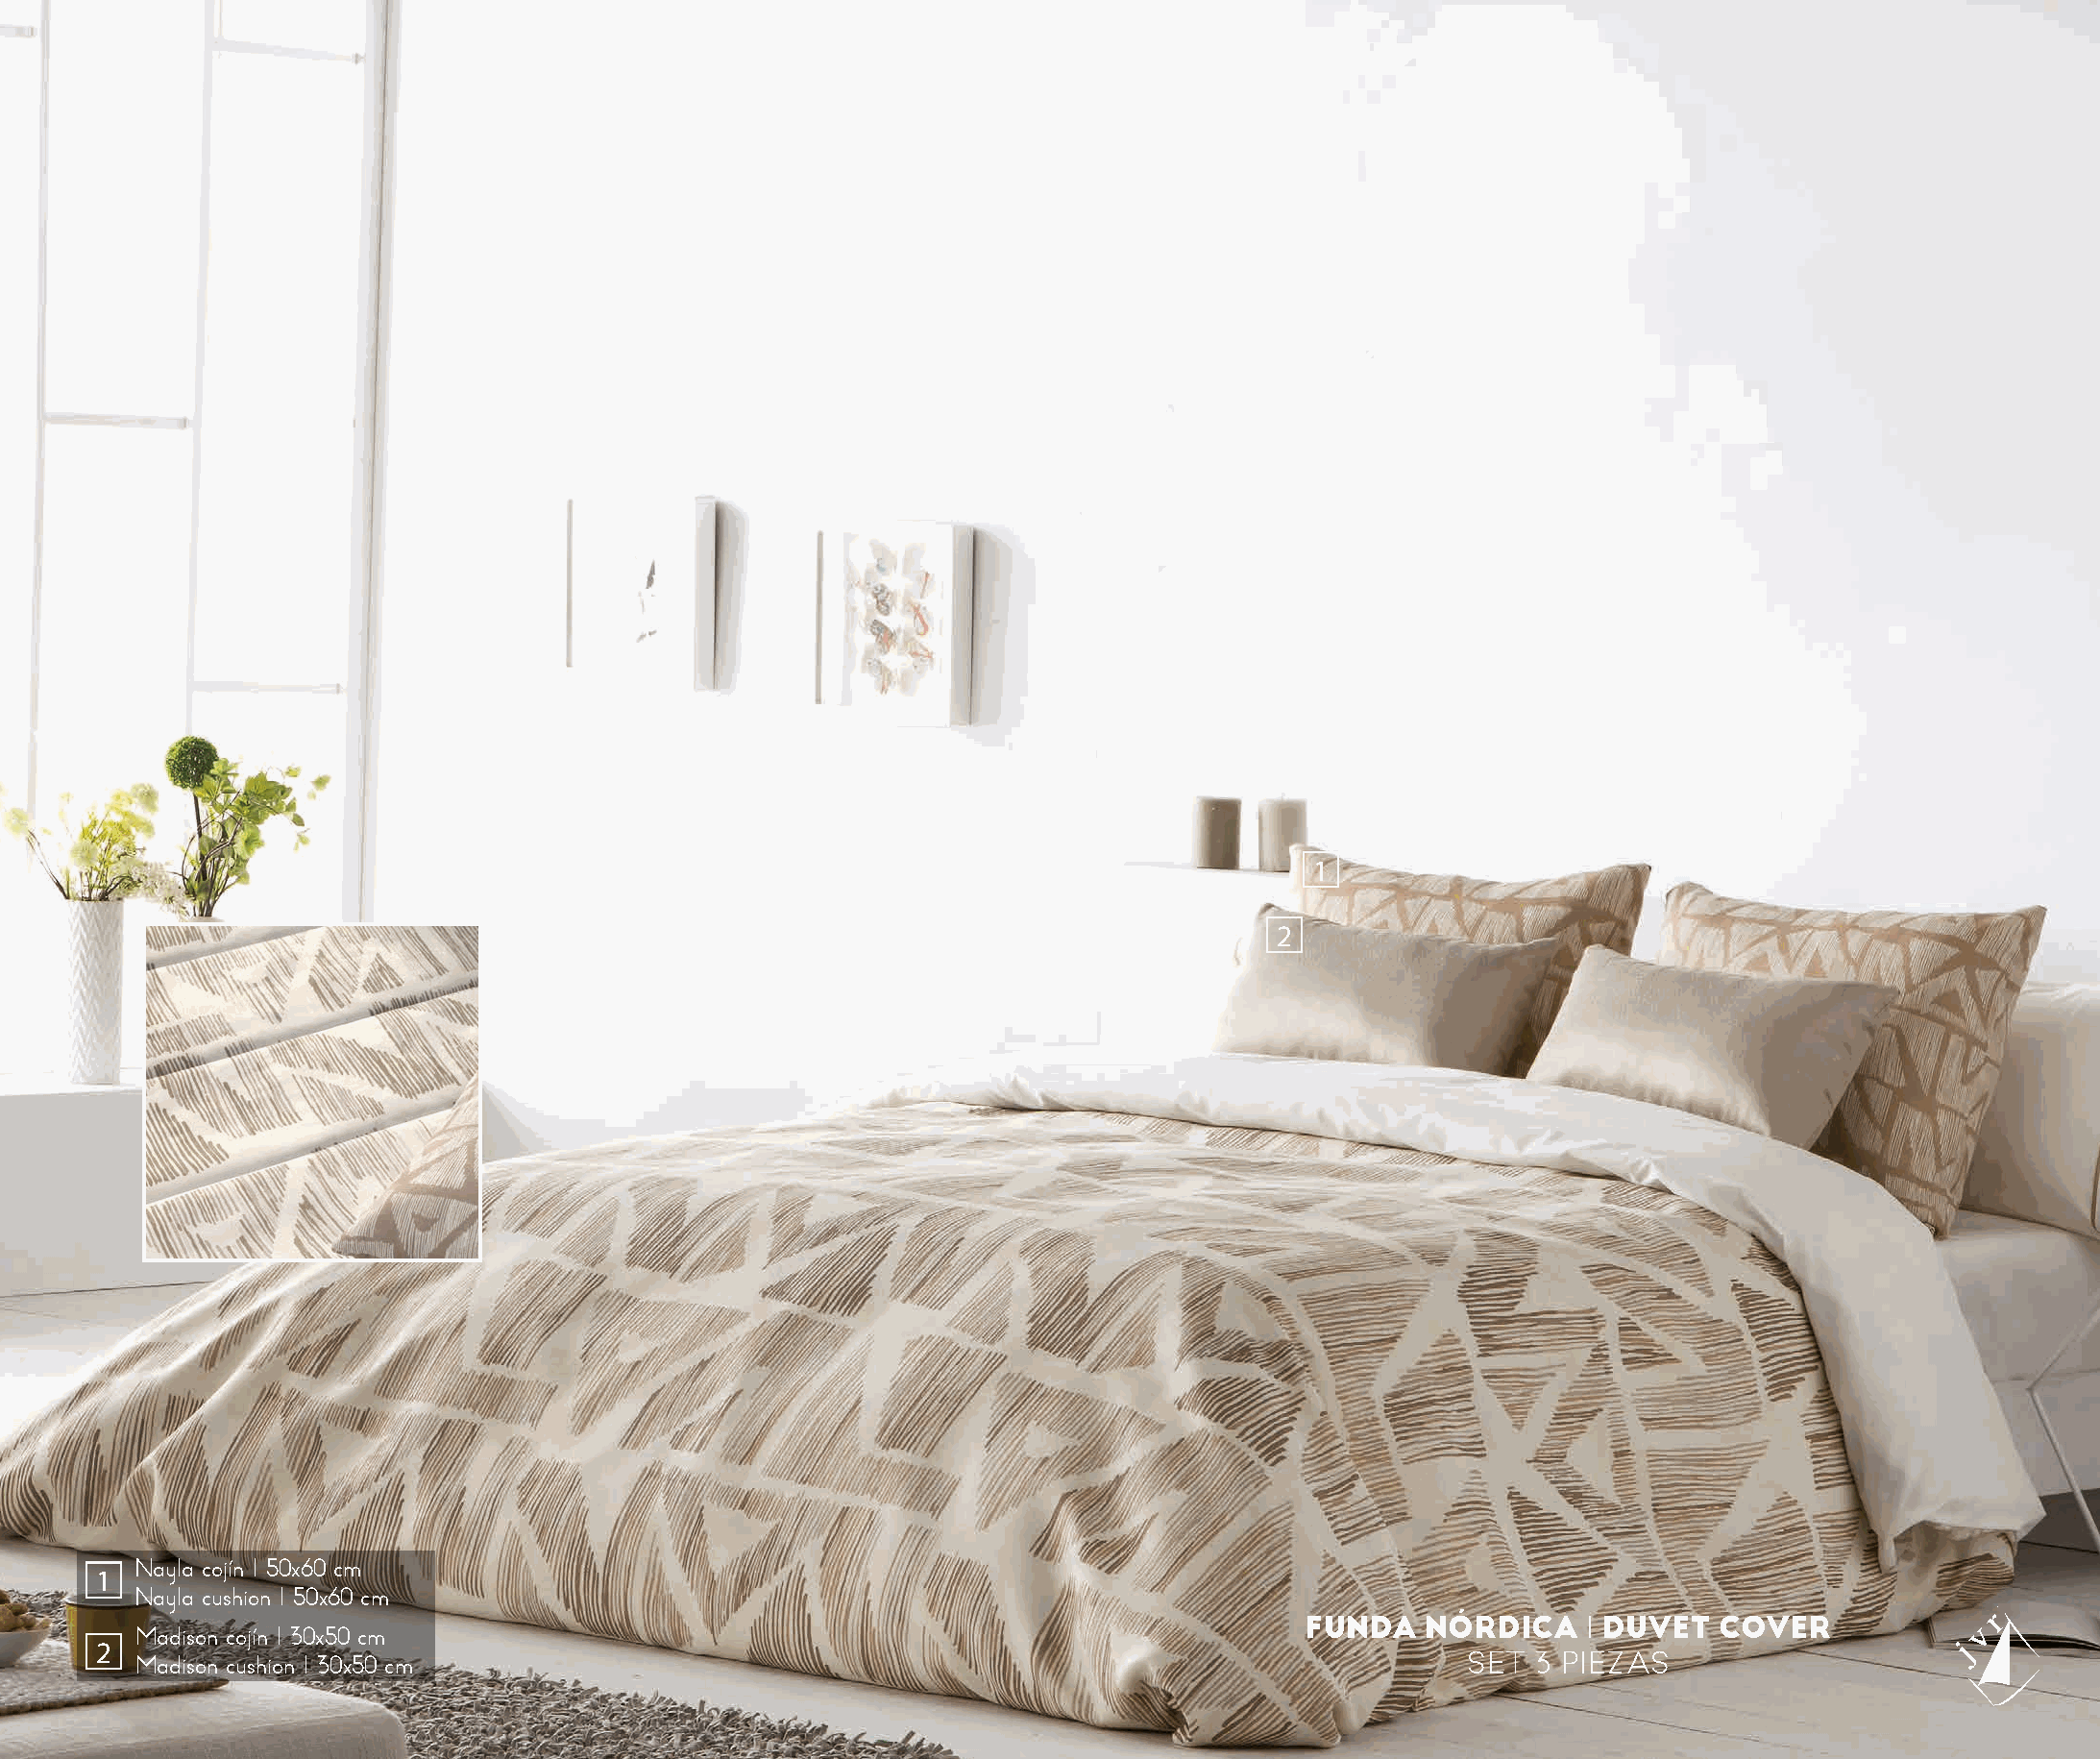
1
 2
 Nayla cojín I 50x60 cm
 1
 Nayla cushion I 50x60 cm
 FUNDA   NÓRDICA    I DUVET  COVER
 Madison cojín I 30x50 cm
 2
 Madison cushion I 30x50 cm                                                                  SET  3 PIEZAS